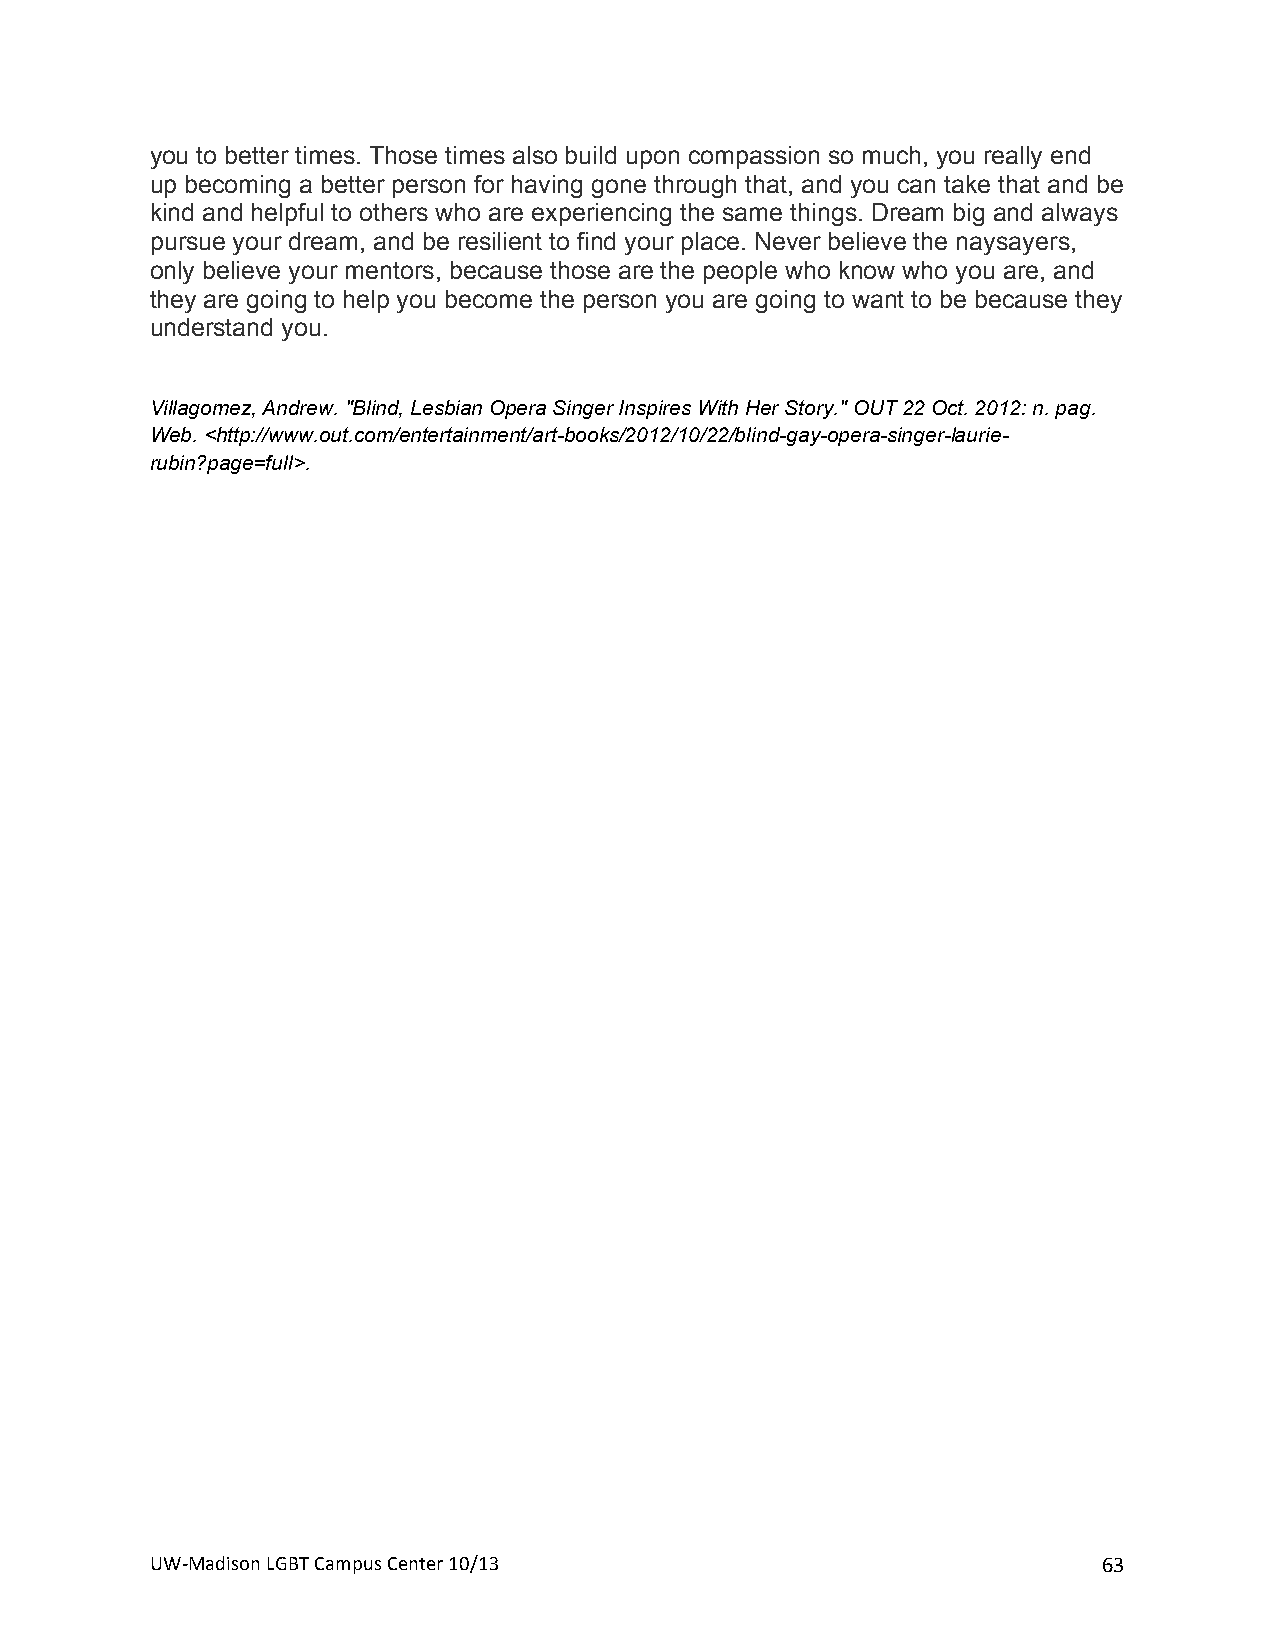
you to better times. Those times also build upon compassion so much, you really end
 up becoming a better person for having gone through that, and you can take that and be
 kind and helpful to others who are experiencing the same things. Dream big and always
 pursue your dream, and be resilient to find your place. Never believe the naysayers,
 only believe your mentors, because those are the people who know who you are, and
 they are going to help you become the person you are going to want to be because they
 understand you.
 +
 Villagomez, Andrew. "Blind, Lesbian Opera Singer Inspires With Her Story." OUT 22 Oct. 2012: n. pag.
 Web. <http://www.out.com/entertainment/art-books/2012/10/22/blind-gay-opera-singer-laurie-
 rubin?page=full>.
 +
 +                   +
 UW#Madison+LGBT+Campus+Center+10/13+                           63+